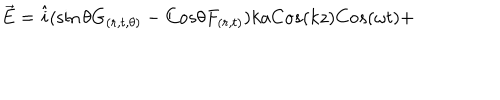
\vec { E } = \hat { i } ( \sin \theta G _ { ( r , t , \theta ) } - C o s \theta F _ { ( r , t ) } ) k a C o s ( k z ) C o s ( \omega t ) +